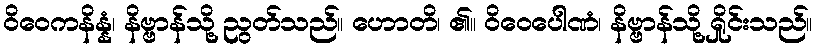
ဝိဝေကနိန္နံ၊ နိဗ္ဗာန်သို့ ညွတ်သည်။ ဟောတိ၊ ၏။ ဝိဝေပေါဏံ၊ နိဗ္ဗာန်သို့ ရှိုင်းသည်။